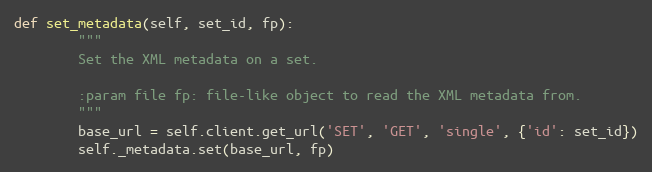
Language: Python
def set_metadata(self, set_id, fp):
        """
        Set the XML metadata on a set.

        :param file fp: file-like object to read the XML metadata from.
        """
        base_url = self.client.get_url('SET', 'GET', 'single', {'id': set_id})
        self._metadata.set(base_url, fp)